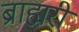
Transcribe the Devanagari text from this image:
ब्राह्मरी